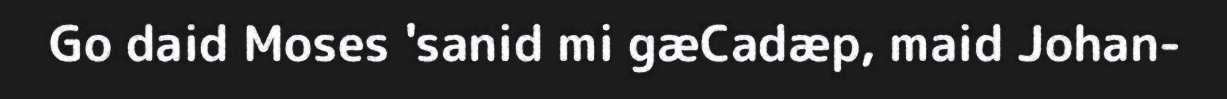
Go daid Moses 'sanid mi gæCadæp, maid Johan-